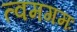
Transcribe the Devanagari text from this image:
त्वमगमः